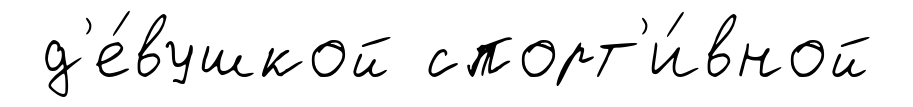
д'е́вушкой спорт'и́вной